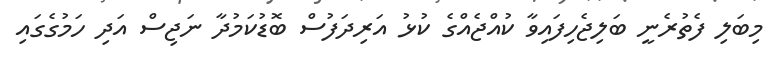
މިބަލި ފެތުރެނީ ބަލިޖެހިފައިވާ ކުއްޖެއްގެ ކުޅު އަރިދަފުސް ބޮޑުކަމުދާ ނަޖިސް އަދި ހަމުގެގައި